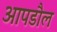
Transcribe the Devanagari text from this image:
आपडौल